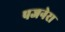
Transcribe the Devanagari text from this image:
पजनेरा